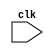
module ftxr(clk);
input clk;

reg c;

initial c = 0;

always @(posedge clk) begin
    if (1) begin
	if (1) c = 0;
	else if (1) c = 0;
	else if (1) c = 0;
	else begin
	    if (1) begin
		if (1) begin c = 0; end
	    end
	end
    end
end
endmodule